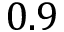
0 . 9